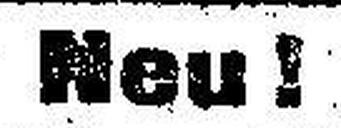
Neu !